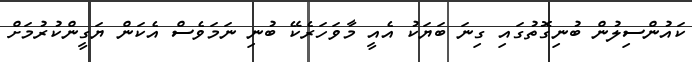
ކައުންސިލުން ބުނިގޮތުގައި ގިނަ ބަޔަކު އެއީ މާވަހަރެކޭ ބުނި ނަމަވެސް އެކަން ޔަގީންކުރުމަށް